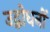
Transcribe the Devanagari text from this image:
उद्बोधनों